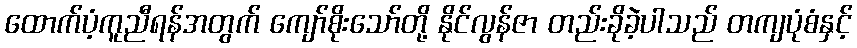
ထောက်ပံ့ကူညီရန်အတွက် ကျော်စိုးသော်တို့ နိုင်လွန်ဇာ တည်းခိုခဲ့ပါသည် တကျပုံစံနှင့်